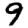
Digit: 9